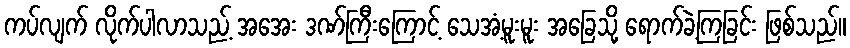
ကပ်လျက် လိုက်ပါလာသည့် အအေး ဒဏ်ကြီးကြောင့် သေအံ့မူးမူး အခြေသို့ ရောက်ခဲ့ကြခြင်း ဖြစ်သည်။